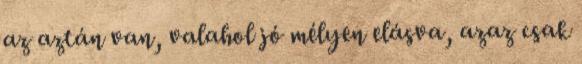
az aztán van, valahol jó mélyen elásva, azaz csak